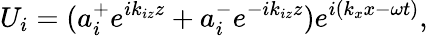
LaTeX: U_{i}=(a_{i}^{+}e^{ik_{iz}z}+a_{i}^{-}e^{-ik_{iz}z})e^{i(k_{x}x-\omega t)},